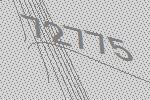
72775